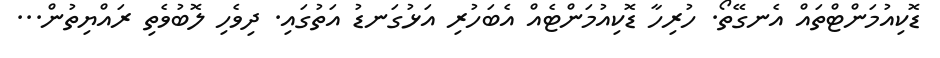
ޑޮކިއުމަންޓްތައް އެނގޭތޯ. ހުރިހާ ޑޮކިއުމަންޓެއް އެބަހުރި އަޅުގަނޑު އަތުގައި. ދިވެހި ލޮބުވެތި ރައްޔިތުން...